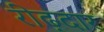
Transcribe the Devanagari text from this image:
रीढ़दार